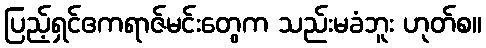
ပြည့်ရှင်ဧကရာဇ်မင်းတွေက သည်းမခံဘူး ဟုတ်စ။